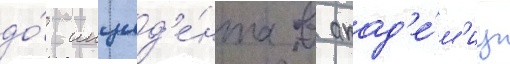
до́ инцид'е́нта в акад'е́м'иу